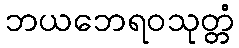
ဘယဘေရဝသုတ္တံ